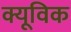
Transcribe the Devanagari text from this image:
क्यूविक